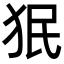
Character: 𬌭